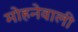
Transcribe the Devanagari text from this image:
मोहनेवाली